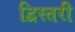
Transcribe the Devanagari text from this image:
द्विस्तरी